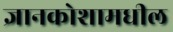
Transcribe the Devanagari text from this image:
ज्ञानकोशामधील